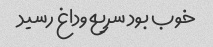
خوب بود سریع وداغ رسید